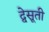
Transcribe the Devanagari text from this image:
द्वेसूती